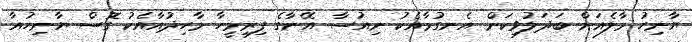
ޔާނިހު މާލެއަށް ބަދަލުވިކަން އެނގުމާއެކު ނިއުސާ އޭނާގެ ފިރިމީހާ މާހިދުއާއެކު ގޮސް ޔާނިހުއާ